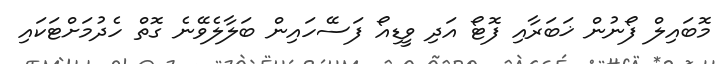
މޮބައިލް ފޯނުން ޚަބަރާއި ފޮޓޯ އަދި ވީޑިއޯ ފަސޭހައިން ބަލާލެވޭނެ ގޮތް ހެދުމަށްޓަކައި